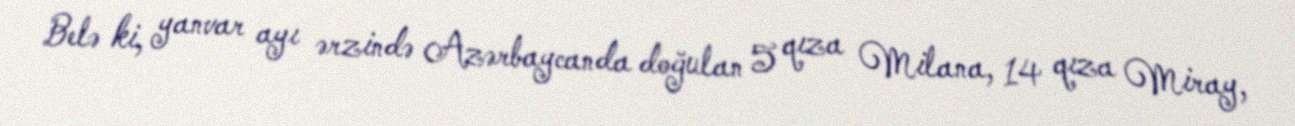
Belə ki, yanvar ayı ərzində Azərbaycanda doğulan 5 qıza Milana, 14 qıza Miray,